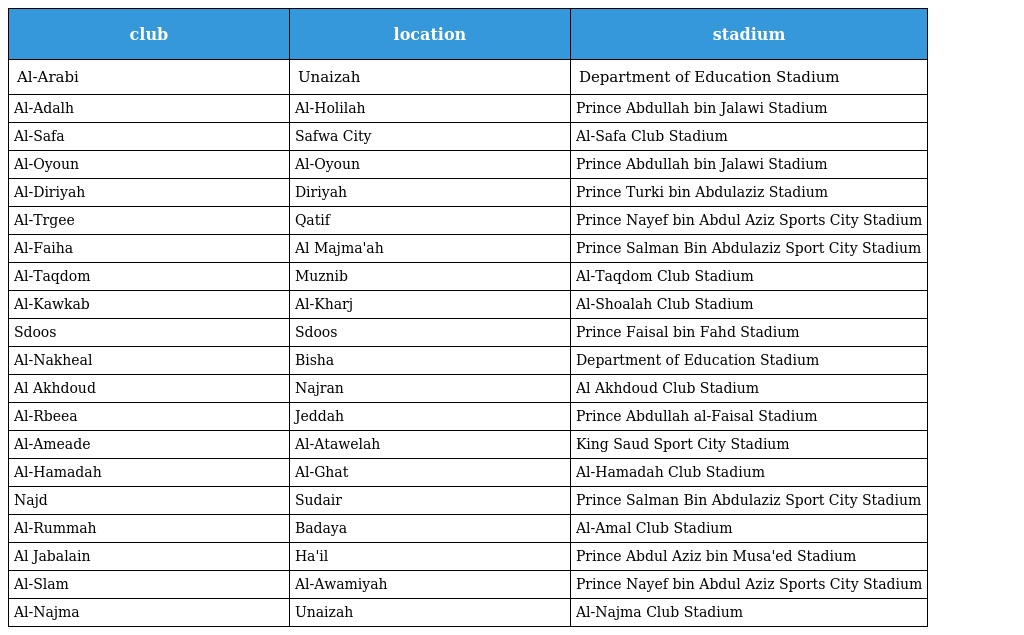
| club | location | stadium |
 | --- | --- | --- |
 | Al-Arabi | Unaizah | Department of Education Stadium |
 | Al-Adalh | Al-Holilah | Prince Abdullah bin Jalawi Stadium |
 | Al-Safa | Safwa City | Al-Safa Club Stadium |
 | Al-Oyoun | Al-Oyoun | Prince Abdullah bin Jalawi Stadium |
 | Al-Diriyah | Diriyah | Prince Turki bin Abdulaziz Stadium |
 | Al-Trgee | Qatif | Prince Nayef bin Abdul Aziz Sports City Stadium |
 | Al-Faiha | Al Majma'ah | Prince Salman Bin Abdulaziz Sport City Stadium |
 | Al-Taqdom | Muznib | Al-Taqdom Club Stadium |
 | Al-Kawkab | Al-Kharj | Al-Shoalah Club Stadium |
 | Sdoos | Sdoos | Prince Faisal bin Fahd Stadium |
 | Al-Nakheal | Bisha | Department of Education Stadium |
 | Al Akhdoud | Najran | Al Akhdoud Club Stadium |
 | Al-Rbeea | Jeddah | Prince Abdullah al-Faisal Stadium |
 | Al-Ameade | Al-Atawelah | King Saud Sport City Stadium |
 | Al-Hamadah | Al-Ghat | Al-Hamadah Club Stadium |
 | Najd | Sudair | Prince Salman Bin Abdulaziz Sport City Stadium |
 | Al-Rummah | Badaya | Al-Amal Club Stadium |
 | Al Jabalain | Ha'il | Prince Abdul Aziz bin Musa'ed Stadium |
 | Al-Slam | Al-Awamiyah | Prince Nayef bin Abdul Aziz Sports City Stadium |
 | Al-Najma | Unaizah | Al-Najma Club Stadium |